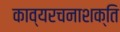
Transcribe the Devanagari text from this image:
काव्यरचनाशक्ति